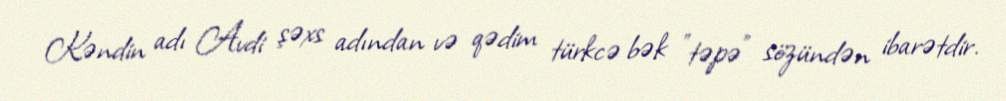
Kəndin adı Avdi şəxs adından və qədim türkcə bək "təpə" sözündən ibarətdir.